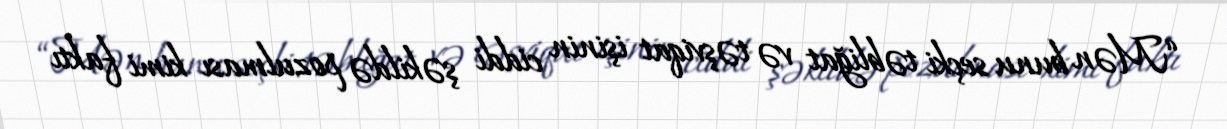
“Mən bunu seçki təbliğat və təşviqat işinin ciddi şəkildə pozulması kimi faktı